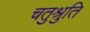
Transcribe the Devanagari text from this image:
चतुश्रुति